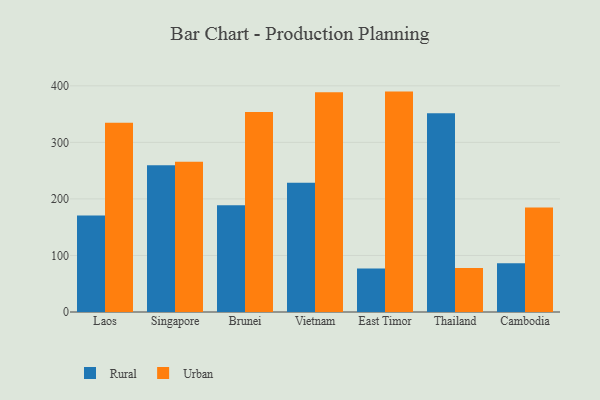
{"axis": {"x": "Country", "y": "Operating Costs (USD K)"}, "legend": ["Rural", "Urban"], "data": [{"x": "Laos", "y": 170.6, "type": "Rural"}, {"x": "Laos", "y": 334.7, "type": "Urban"}, {"x": "Singapore", "y": 259.6, "type": "Rural"}, {"x": "Singapore", "y": 265.8, "type": "Urban"}, {"x": "Brunei", "y": 188.7, "type": "Rural"}, {"x": "Brunei", "y": 353.8, "type": "Urban"}, {"x": "Vietnam", "y": 228.8, "type": "Rural"}, {"x": "Vietnam", "y": 388.8, "type": "Urban"}, {"x": "East Timor", "y": 76.8, "type": "Rural"}, {"x": "East Timor", "y": 389.8, "type": "Urban"}, {"x": "Thailand", "y": 351.6, "type": "Rural"}, {"x": "Thailand", "y": 77.6, "type": "Urban"}, {"x": "Cambodia", "y": 86.3, "type": "Rural"}, {"x": "Cambodia", "y": 184.8, "type": "Urban"}]}